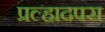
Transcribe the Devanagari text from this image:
प्रल्हादपरा